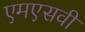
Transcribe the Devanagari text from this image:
एमएसवी